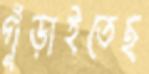
গুঁড়াইতেছ